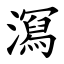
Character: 㵼